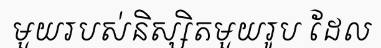
មួយរបស់និស្សិតមួយរូប ដែល